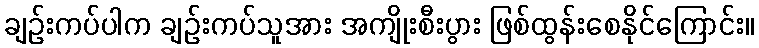
ချဉ်းကပ်ပါက ချဉ်းကပ်သူအား အကျိုးစီးပွား ဖြစ်ထွန်းစေနိုင်ကြောင်း။